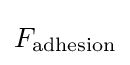
F_{\text{adhesion}}